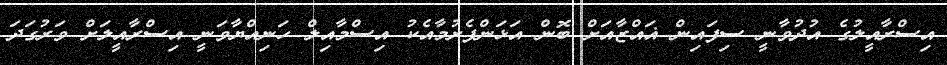
އިސްރާއީލުގެ އުދުވާނީ ސިފައިން ޣައްޒާއަށް ބޮން އަޅަންފެށުމާއެކު އިސްމާއިލް ހަނިއްޔާވަނީ އިސްރާއީލަށް ވަރުގަދަ